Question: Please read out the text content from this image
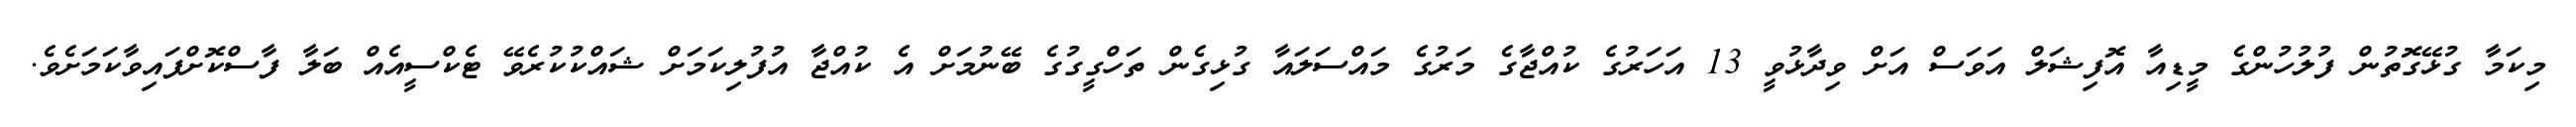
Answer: މިކަމާ ގުޅޭގޮތުން ފުލުހުންގެ މީޑިއާ އޮފިޝަލް އަވަސް އަށް ވިދާޅުވީ 13 އަހަރުގެ ކުއްޖާގެ މަރުގެ މައްސަލައާ ގުޅިގެން ތަހްގީގުގެ ބޭނުމަށް އެ ކުއްޖާ އުފުލިކަމަށް ޝައްކުކުރެވޭ ޓެކްސީއެއް ބަލާ ފާސްކޮށްފައިވާކަމަށެވެ.